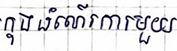
ក្នុងដំណើរការមួយ